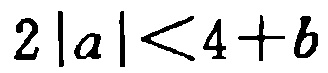
\(2\left|a\right|<4 + b\)